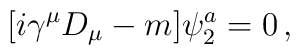
[i\gamma^\mu D_\mu - m ] \psi_2^a = 0\, ,